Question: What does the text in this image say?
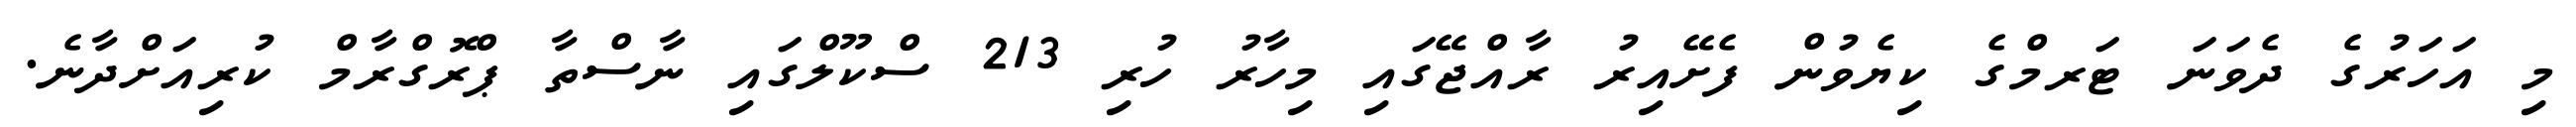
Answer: މި އަހަރުގެ ދެވަނަ ޓަރމްގެ ކިޔެވުން ފެށޭއިރު ރާއްޖޭގައި މިހާރު ހުރި 213 ސްކޫލްގައި ނާސްތާ ޕްރޮގްރާމް ކުރިއަށްދާނެ.